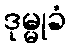
ဒုမ္မုခံ